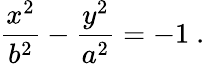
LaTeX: {\frac{x^{2}}{b^{2}}}-{\frac{y^{2}}{a^{2}}}=-1\ .